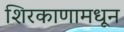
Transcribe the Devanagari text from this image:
शिरकाणामधून